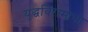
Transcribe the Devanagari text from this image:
युद्धविरामाचा